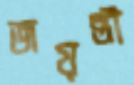
জয়ন্তী